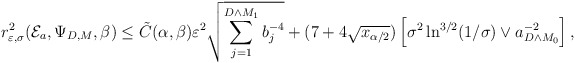
\begin{align*} r_{\varepsilon,\sigma}^2(\mathcal{E}_a,\Psi_{D,M},\beta) \leq \tilde{C}(\alpha,\beta) \varepsilon^2 \sqrt{\sum_{j=1}^{D \wedge M_1} b_j^{-4}} + (7+4\sqrt{x_{\alpha/2}})\left[\sigma^2 \ln^{3/2}(1/\sigma) \vee a^{-2}_{D \wedge M_0}\right],\end{align*}